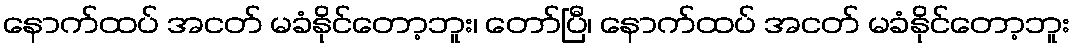
နောက်ထပ် အငတ် မခံနိုင်တော့ဘူး၊ တော်ပြီ၊ နောက်ထပ် အငတ် မခံနိုင်တော့ဘူး